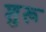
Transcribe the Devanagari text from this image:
शुरू